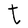
Character: t